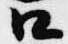
口